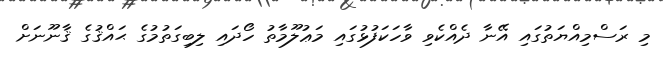
މި ރަސްމިއްޔަތުގައި އޭނާ ދެއްކެވި ވާހަކަފުޅުގައި މަޢުލޫމާތު ހޯދައި ލިބިގަތުމުގެ ޙައްޤުގެ ޤާނޫނަށް